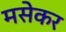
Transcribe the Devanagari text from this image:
मसेकर